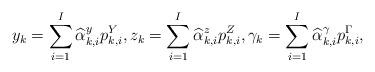
LaTeX: \begin{align*} y_k = \sum_{i=1}^I\widehat\alpha{}^y_{k,i} p^Y_{k,i},z_k = \sum_{i=1}^I\widehat\alpha{}^z_{k,i} p^Z_{k,i},\gamma_k = \sum_{i=1}^I\widehat\alpha{}^{\gamma}_{k,i} p^{\Gamma}_{k,i},\end{align*}